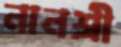
নানশ্রী